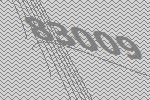
83009